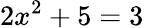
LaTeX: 2x^{2}+5=3